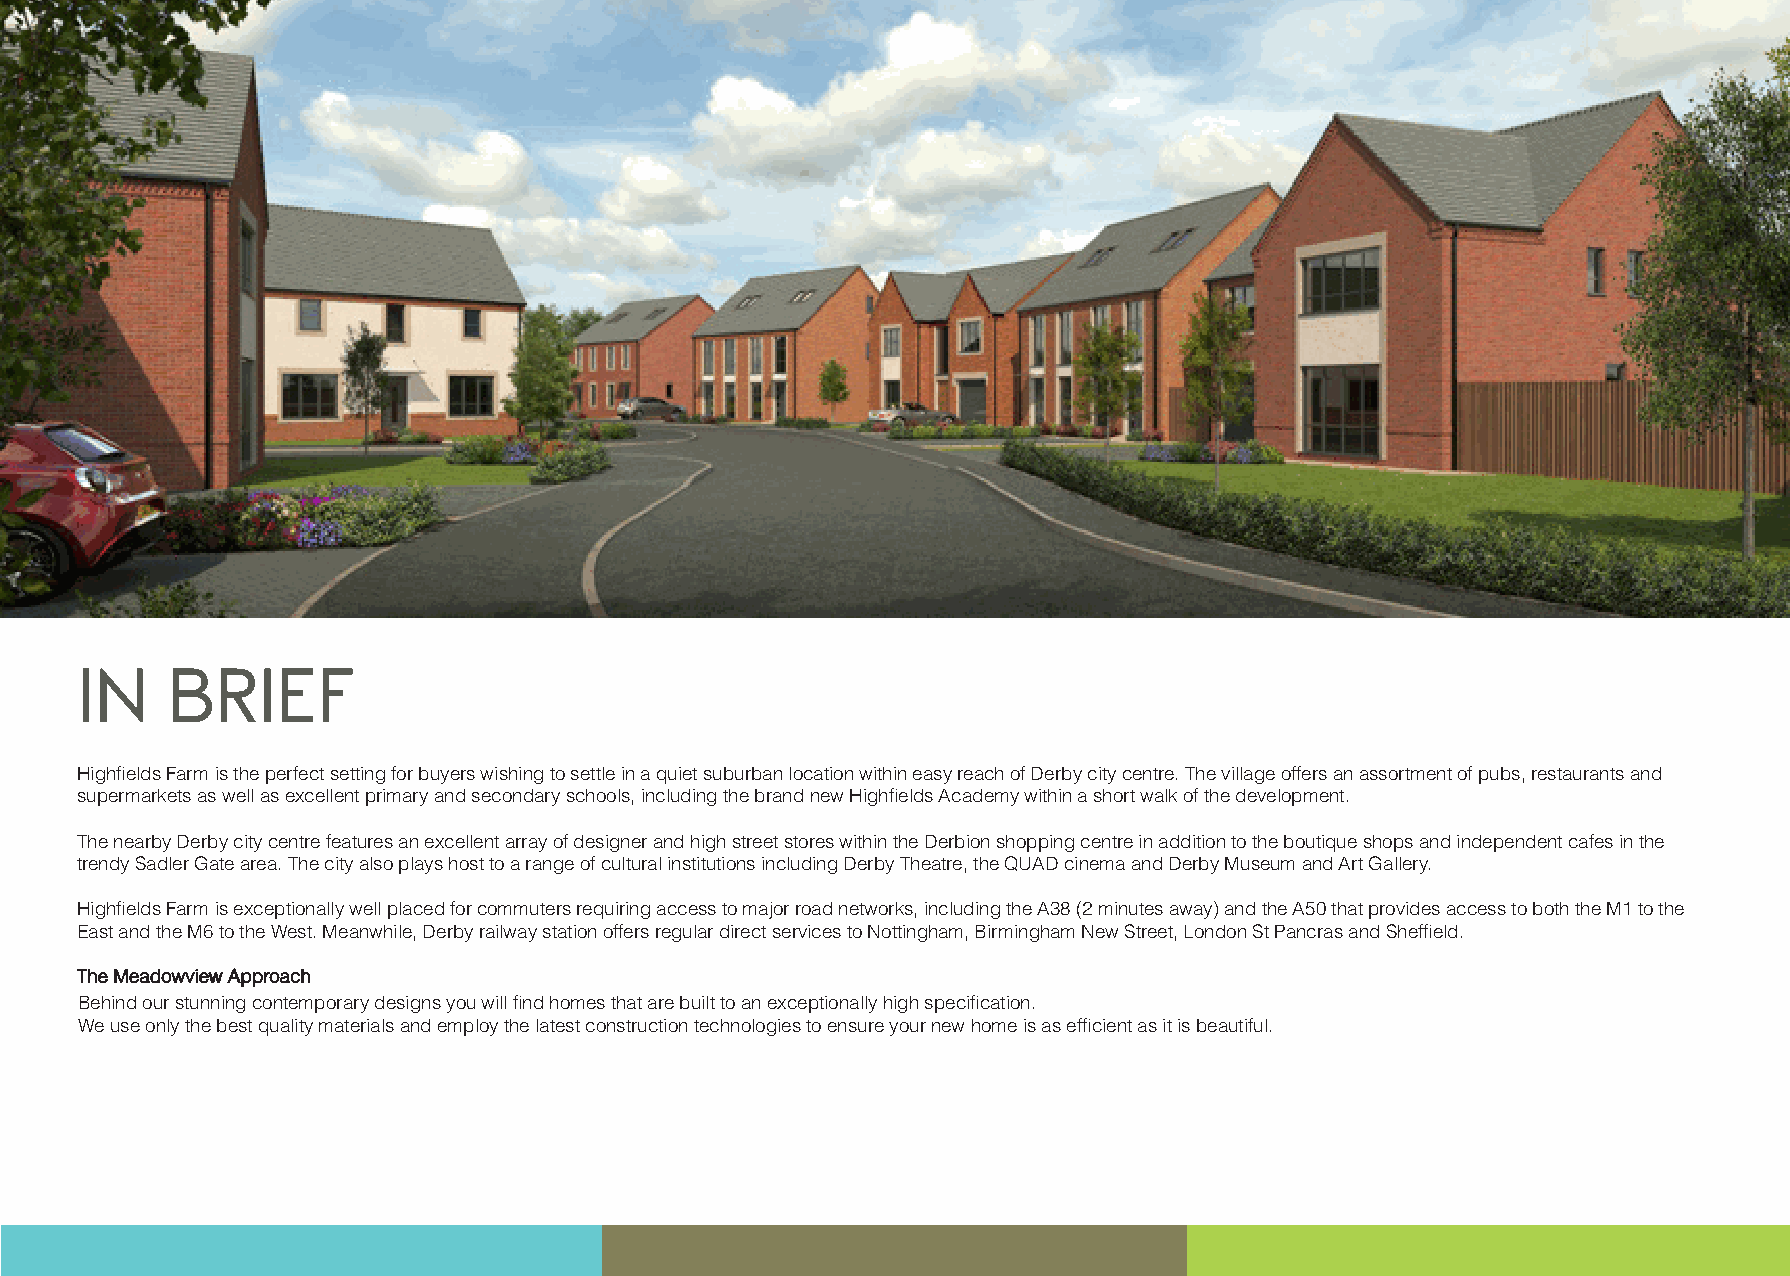
IINN  BBRRIIEEFF
 Highfields Farm is the perfect setting for buyers wishing to settle in a quiet suburban location within easy reach of Derby city centre. The village offers an assortment of pubs, restaurants and
 supermarkets as well as excellent primary and secondary schools, including the brand new Highfields Academy within a short walk of the development.
 The nearby Derby city centre features an excellent array of designer and high street stores within the Derbion shopping centre in addition to the boutique shops and independent cafes in the
 trendy Sadler Gate area. The city also plays host to a range of cultural institutions including Derby Theatre, the QUAD cinema and Derby Museum and Art Gallery.
 Highfields Farm is exceptionally well placed for commuters requiring access to major road networks, including the A38 (2 minutes away) and the A50 that provides access to both the M1 to the
 East and the M6 to the West. Meanwhile, Derby railway station offers regular direct services to Nottingham, Birmingham New Street, London St Pancras and Sheffield.
 TThhee MMeeaaddoowwvviieeww AApppprrooaacchh
 Behind our stunning contemporary designs you will find homes that are built to an exceptionally high specification.
 We use only the best quality materials and employ the latest construction technologies to ensure your new home is as efficient as it is beautiful.